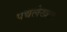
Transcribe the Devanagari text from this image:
पद्यलेखक